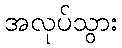
အလုပ်သွား